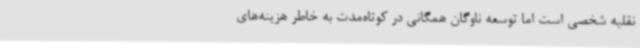
نقلیه شخصی است اما توسعه ناوگان همگانی در کوتاه‌مدت به خاطر هزینه‌های